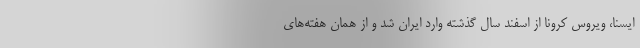
ایسنا، ویروس کرونا از اسفند سال گذشته وارد ایران شد و از همان هفته‌های